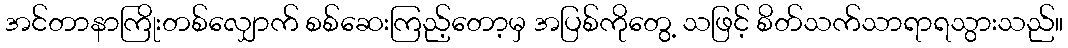
အင်တာနာကြိုးတစ်လျှောက် စစ်ဆေးကြည့်တော့မှ အပြစ်ကိုတွေ့ သဖြင့် စိတ်သက်သာရာရသွားသည်။